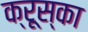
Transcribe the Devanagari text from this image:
क्रूस्का